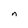
Character: n